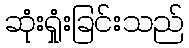
ဆုံးရှုံးခြင်းသည်